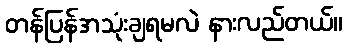
တန်ပြန်အသုံးချရမလဲ နားလည်တယ်။